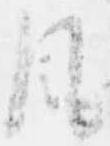
風